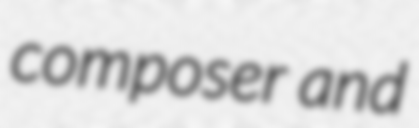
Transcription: composer and